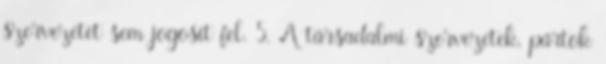
szervezetet sem jogosít fel. 5. A társadalmi szervezetek, pártok